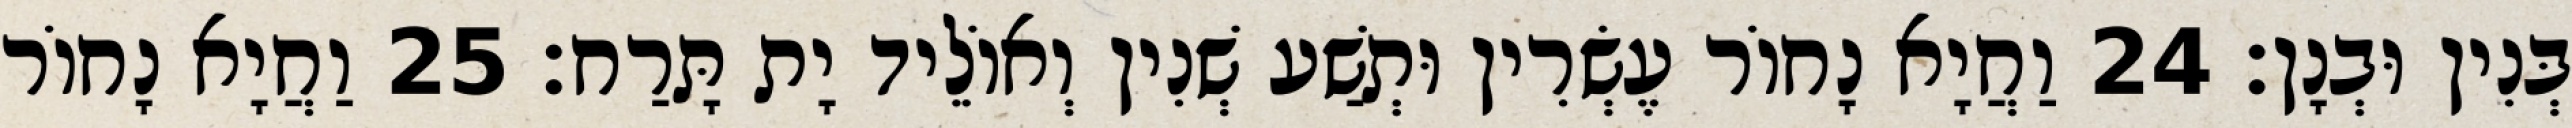
בְּנִין וּבְנָן׃ 24 וַחֲיָא נָחוֹר עֶשְׂרִין וּתְשַׁע שְׁנִין וְאוֹלֵיד יָת תָּרַח׃ 25 וַחֲיָא נָחוֹר